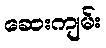
ဆေးကျမ်း